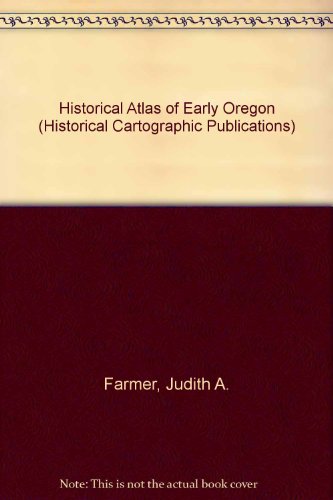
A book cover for An Historical Atlas of Early Oregon; Judith A. with Daniel B. Karnes, G. Thomas Babich, and Thompson P. Porterfield. FARMER; History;